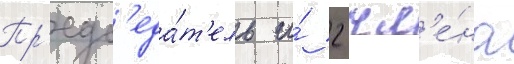
Пр'едс'еда́т'ель и́ 2 чл'е́на